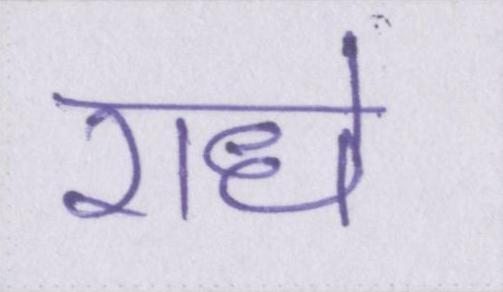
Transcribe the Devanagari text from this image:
राधे